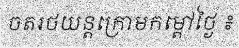
ចតរថយន្តក្រោមកម្តៅថ្ងៃ ៖